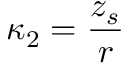
\kappa _ { 2 } = \frac { z _ { s } } r